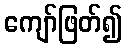
ကျော်ဖြတ်၍